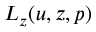
L _ { z } ( u , z , p )